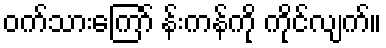
ဝက်သားကြော် န်းကန်ကို ကိုင်လျက်။